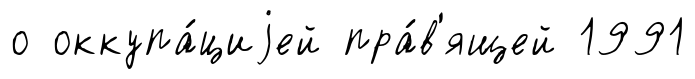
о оккупа́циjей пра́в'ящей 1991